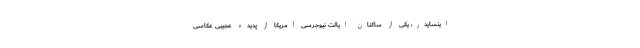
اینسایدر، یکی از ساکنان ایالت نیوجرسی آمریکا از پدیده عجیبی عکاسی